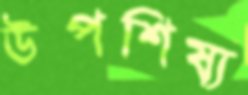
উপশিষ্য